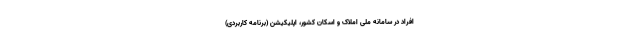
افراد در سامانه ملی املاک و اسکان کشور، اپلیکیشن (برنامه کاربردی)